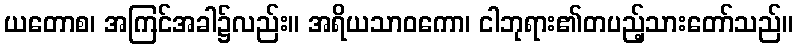
ယတောစ၊ အကြင်အခါ၌လည်း။ အရိယသာဝကော၊ ငါဘုရား၏တပည့်သားတော်သည်။